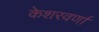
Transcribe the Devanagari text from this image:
केशरवर्णा